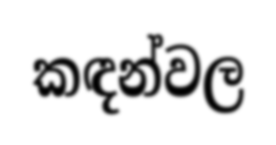
කඳන්වල